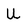
Character: U